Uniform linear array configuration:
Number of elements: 8
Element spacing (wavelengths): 1
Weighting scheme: binomial
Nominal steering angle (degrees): -60
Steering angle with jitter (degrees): -61.995
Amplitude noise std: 0.05
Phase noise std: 0.05

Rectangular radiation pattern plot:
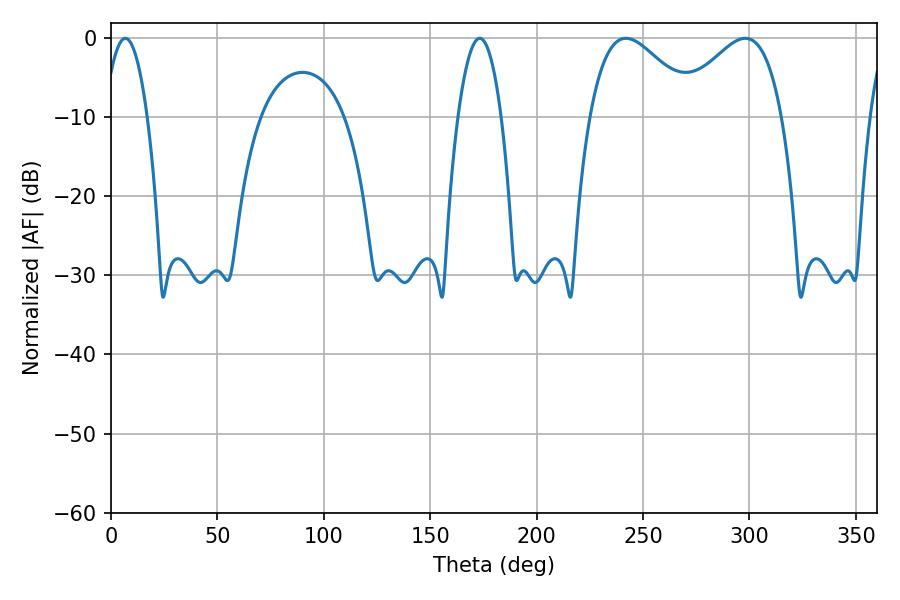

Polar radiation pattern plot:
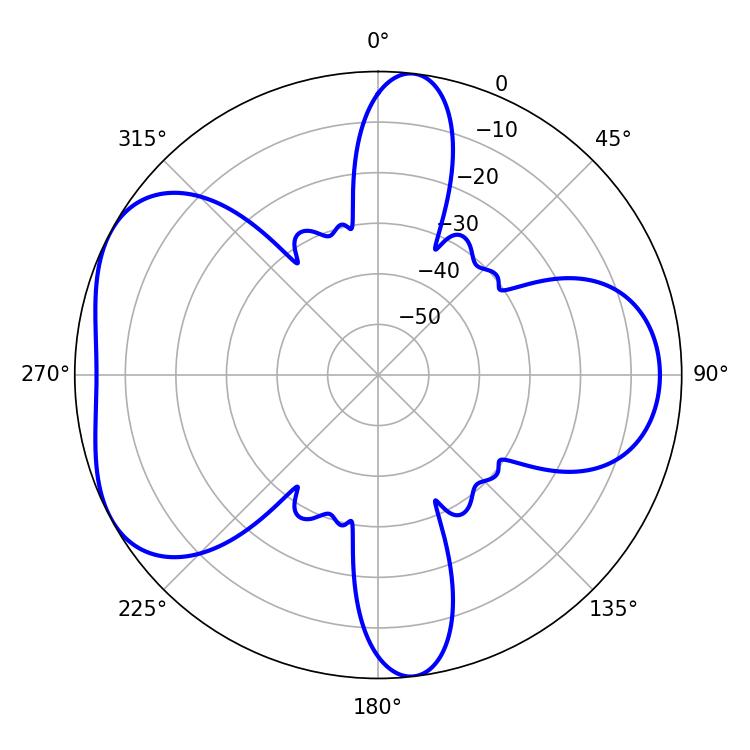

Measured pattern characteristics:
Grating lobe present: TRUE
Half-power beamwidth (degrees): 27.18
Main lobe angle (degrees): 241.92